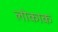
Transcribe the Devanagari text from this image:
लोकाक